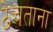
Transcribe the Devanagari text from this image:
ठेचताना